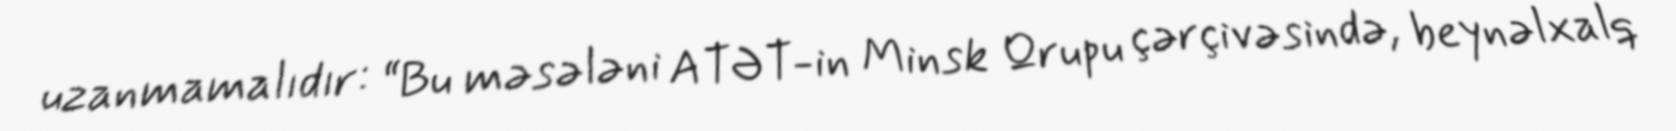
uzanmamalıdır: “Bu məsələni ATƏT-in Minsk Qrupu çərçivəsində, beynəlxalq